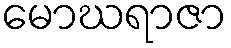
မောဃရာဇာ